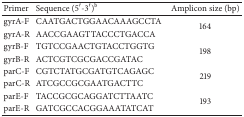
<table><thead><tr><td><b>Primer</b></td><td><b>Sequence (5′-3′)<sup>b</sup></b></td><td><b>Amplicon size (bp)</b></td></tr></thead><tbody><tr><td>gyrA-F</td><td>CAATGACTGGAACAAAGCCTA</td><td rowspan="2">164</td></tr><tr><td>gyrA-R</td><td>AACCGAAGTTACCCTGACCA</td></tr><tr><td>gyrB-F</td><td>TGTCCGAACTGTACCTGGTG</td><td rowspan="2">198</td></tr><tr><td>gyrB-R</td><td>ACTCGTCGCGACCGATAC</td></tr><tr><td>parC-F</td><td>CGTCTATGCGATGTCAGAGC</td><td rowspan="2">219</td></tr><tr><td>parC-R</td><td>ATCGCCGCGAATGACTTC</td></tr><tr><td>parE-F</td><td>TACCGCGCAGGATCTTAATC</td><td rowspan="2">193</td></tr><tr><td>parE-R</td><td>GATCGCCACGGAAATATCAT</td></tr></tbody></table>